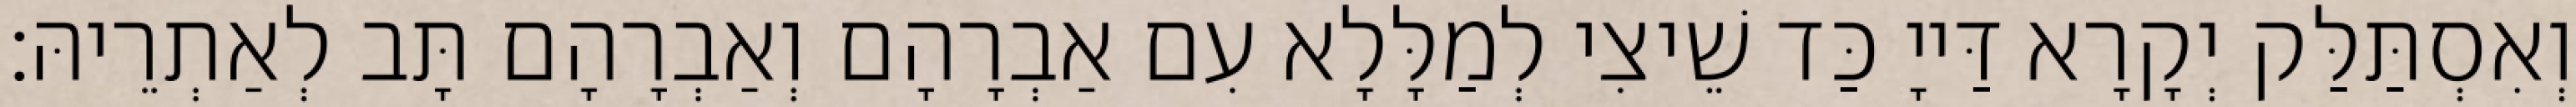
וְאִסְתַּלַּק יְקָרָא דַּייָ כַּד שֵׁיצִי לְמַלָּלָא עִם אַבְרָהָם וְאַבְרָהָם תָּב לְאַתְרֵיהּ׃